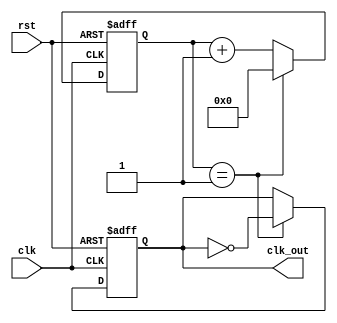
module ClockDivider #(
    parameter DIV_FACTOR = 2,  // Division factor for the clock
    parameter WIDTH = 8         // Bit-width of the counter
)(
    input wire clk,             // Input clock
    input wire rst,             // Reset signal
    output reg clk_out          // Divided output clock
);

    // Counter with the specified width
    reg [WIDTH-1:0] counter;

    // Always block to implement the clock division logic
    always @(posedge clk or posedge rst) begin
        if (rst) begin
            // Asynchronous reset
            counter <= 0;
            clk_out <= 0;
        end else begin
            // Increment counter
            if (counter == DIV_FACTOR - 1) begin
                counter <= 0;          // Reset counter
                clk_out <= ~clk_out;   // Toggle output clock
            end else begin
                counter <= counter + 1; // Increment counter
            end
        end
    end

endmodule